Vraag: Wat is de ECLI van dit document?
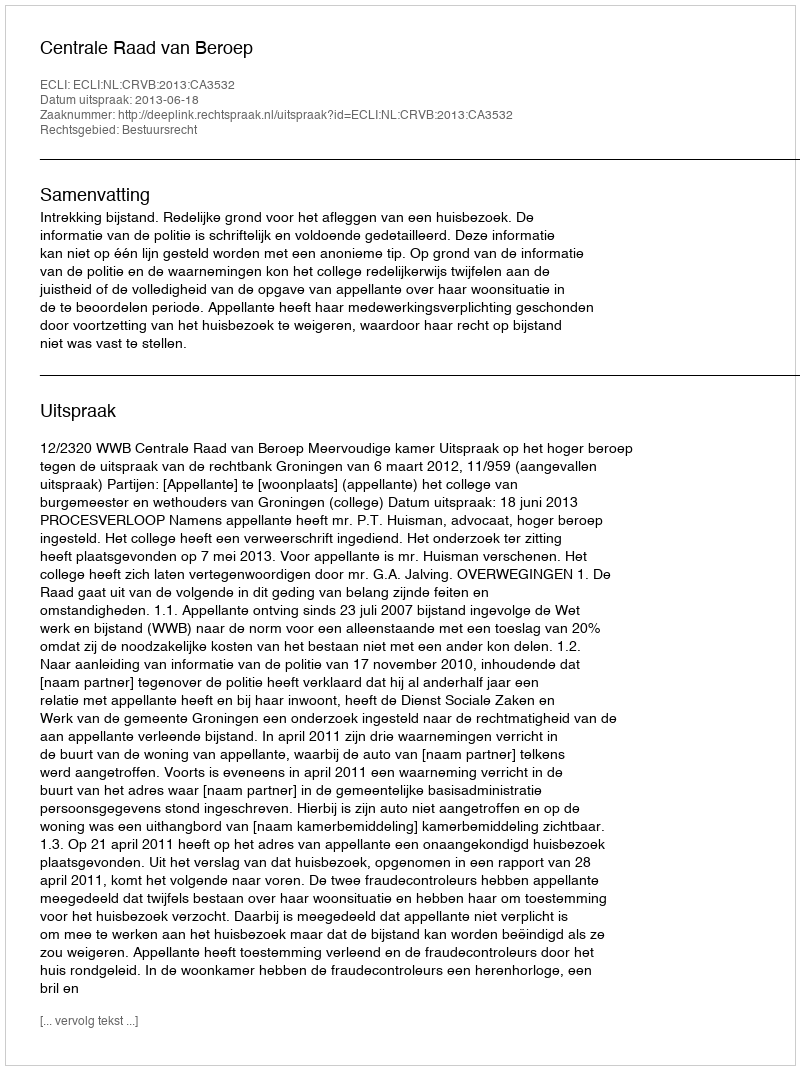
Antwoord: ECLI:NL:CRVB:2013:CA3532